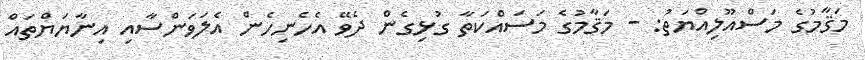
މަޤާމުގެ މަސްއޫލިއްޔަތު: - މަޤާމުގެ މަސައްކަތާ ގުޅިގެން ދެވޭ އެހެނިހެން އެލަވަންސާއި އިނާޔަޔްތައް